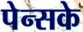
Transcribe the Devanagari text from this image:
पेन्सके